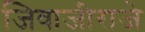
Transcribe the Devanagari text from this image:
जिवाजीराजे